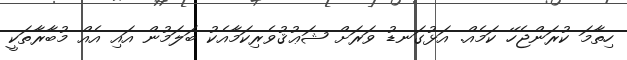
ހިތާމަ ކުރަންޖެހޭ ކަމެއް. އަޅުގަނޑު ވަރަށް ޝަޢުޤުވެެރިކަމާއެކު ބަލަމުން އައި އެއް މުބާރާތަކީ